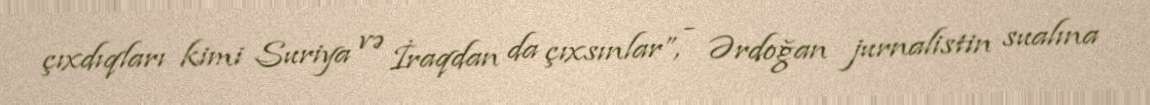
çıxdıqları kimi Suriya və İraqdan da çıxsınlar”, - Ərdoğan jurnalistin sualına